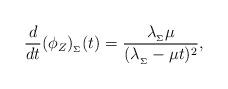
LaTeX: \begin{align*}\frac{d}{dt}(\phi_Z)_{_\Sigma}(t) = \frac{\lambda_{_\Sigma}\mu}{(\lambda_{_\Sigma}-\mu t)^2},\end{align*}